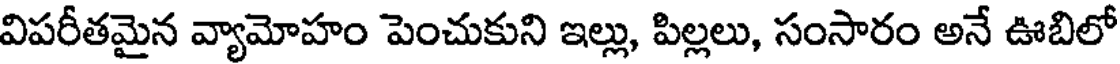
విపరీతమైన వ్యామోహం పెంచుకుని ఇల్లు, పిల్లలు, సంసారం అనే ఊబిలో